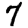
Digit: 7